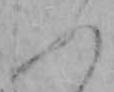
ふ